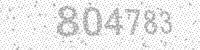
Solution: 804783